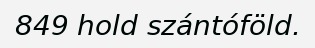
849 hold szántóföld.